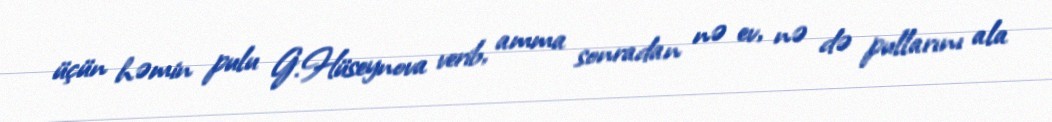
üçün həmin pulu G.Hüseynova verib, amma sonradan nə ev, nə də pullarını ala